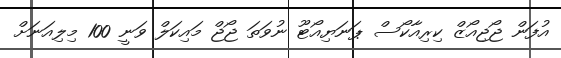
އުފަން ޖޯޖިއޯޒް ކިރިއާކޯސް ޕަނަޔިއޯޓޫ ނުވަތަ ޖޯޖް މައިކަލް ވަނީ 100 މިލިއަނަށް